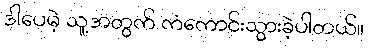
ဒါပေမဲ့ သူ့အတွက် ကံကောင်းသွားခဲ့ပါတယ်။